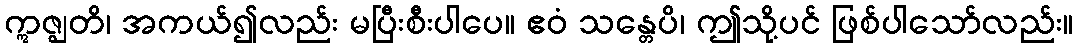
ဣဇ္ဈတိ၊ အကယ်၍လည်း မပြီးစီးပါပေ။ ဧဝံ သန္တေပိ၊ ဤသို့ပင် ဖြစ်ပါသော်လည်း။